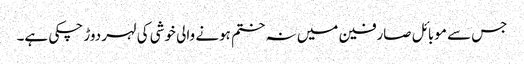
جس سے موبائل صارفین میں نہ ختم ہونے والی خوشی کی لہر دوڑ چکی ہے۔